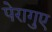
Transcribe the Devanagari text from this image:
पेरागुए